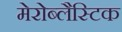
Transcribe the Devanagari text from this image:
मेरोब्लैस्टिक